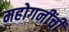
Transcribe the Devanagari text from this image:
महोगनींची